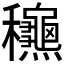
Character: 𥤚